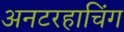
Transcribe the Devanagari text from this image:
अनटरहाचिंग